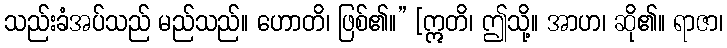
သည်းခံအပ်သည် မည်သည်။ ဟောတိ၊ ဖြစ်၏။” [ဣတိ၊ ဤသို့။ အာဟ၊ ဆို၏။ ရာဇာ၊